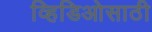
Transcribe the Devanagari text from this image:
व्हिडिओसाठी